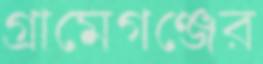
গ্রামেগঞ্জের